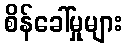
စိန်ခေါ်မှုများ